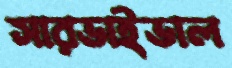
সারভাইভাল